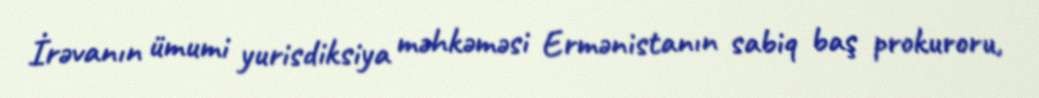
İrəvanın ümumi yurisdiksiya məhkəməsi Ermənistanın sabiq baş prokuroru,